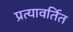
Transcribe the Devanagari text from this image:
प्रत्यावर्तित